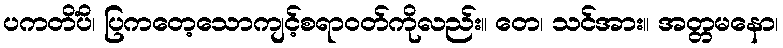
ပကတိံပိ၊ ပြကတေ့သောကျင့်စရာဝတ်ကိုလည်း။ တေ၊ သင်အား။ အတ္တမနော၊